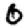
Digit: 0